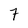
Character: 7